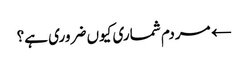
← مردم شماری کیوں ضروری ہے؟